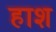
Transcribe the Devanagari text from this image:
हाश